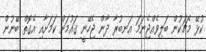
ކުޅޭ މެޗަކުން ބަލިވެއްޖެނަމަ އަނބުރާ ދާން ޖެހޭނީ ގައުމަށް ކަމަށާއި އެގޮތް ބޭނުން